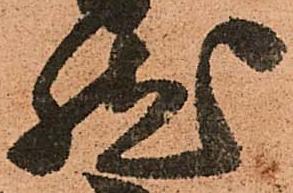
然